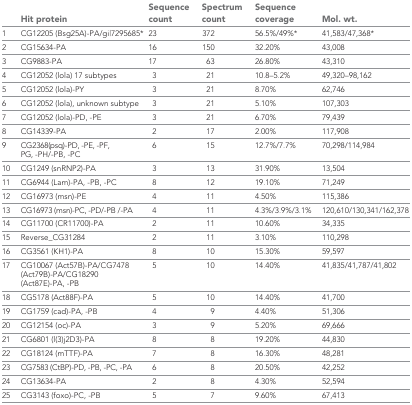
<table><thead><tr><td></td><td><b>Hit protein</b></td><td><b>Sequence count</b></td><td><b>Spectrum count</b></td><td><b>Sequence coverage</b></td><td><b>Mol. wt.</b></td></tr></thead><tbody><tr><td>1</td><td>CG12205 (Bsg25A)-PA/gi|7295685*</td><td>23</td><td>372</td><td>56.5%/49%*</td><td>41,583/47,368*</td></tr><tr><td>2</td><td>CG15634-PA</td><td>16</td><td>150</td><td>32.20%</td><td>43,008</td></tr><tr><td>3</td><td>CG9883-PA</td><td>17</td><td>63</td><td>26.80%</td><td>43,310</td></tr><tr><td>4</td><td>CG12052 (lola) 17 subtypes</td><td>3</td><td>21</td><td>10.8–5.2%</td><td>49,320–98,162</td></tr><tr><td>5</td><td>CG12052 (lola)-PY</td><td>3</td><td>21</td><td>8.70%</td><td>62,746</td></tr><tr><td>6</td><td>CG12052 (lola), unknown subtype</td><td>3</td><td>21</td><td>5.10%</td><td>107,303</td></tr><tr><td>7</td><td>CG12052 (lola)-PD, -PE</td><td>3</td><td>21</td><td>6.70%</td><td>79,439</td></tr><tr><td>8</td><td>CG14339-PA</td><td>2</td><td>17</td><td>2.00%</td><td>117,908</td></tr><tr><td>9</td><td>CG2368(psq)-PD, -PE, -PF, PG, -PH/-PB, -PC</td><td>6</td><td>15</td><td>12.7%/7.7%</td><td>70,298/114,984</td></tr><tr><td>10</td><td>CG1249 (snRNP2)-PA</td><td>3</td><td>13</td><td>31.90%</td><td>13,504</td></tr><tr><td>11</td><td>CG6944 (Lam)-PA, -PB, -PC</td><td>8</td><td>12</td><td>19.10%</td><td>71,249</td></tr><tr><td>12</td><td>CG16973 (msn)-PE</td><td>4</td><td>11</td><td>4.50%</td><td>115,386</td></tr><tr><td>13</td><td>CG16973 (msn)-PC, -PD/-PB /-PA</td><td>4</td><td>11</td><td>4.3%/3.9%/3.1%</td><td>120,610/130,341/162,378</td></tr><tr><td>14</td><td>CG11700 (CR11700)-PA</td><td>2</td><td>11</td><td>10.60%</td><td>34,335</td></tr><tr><td>15</td><td>Reverse_CG31284</td><td>2</td><td>11</td><td>3.10%</td><td>110,298</td></tr><tr><td>16</td><td>CG3561 (KH1)-PA</td><td>8</td><td>10</td><td>15.30%</td><td>59,597</td></tr><tr><td>17</td><td>CG10067 (Act57B)-PA/CG7478 (Act79B)-PA/CG18290 (Act87E)-PA, -PB</td><td>5</td><td>10</td><td>14.40%</td><td>41,835/41,787/41,802</td></tr><tr><td>18</td><td>CG5178 (Act88F)-PA</td><td>5</td><td>10</td><td>14.40%</td><td>41,700</td></tr><tr><td>19</td><td>CG1759 (cad)-PA, -PB</td><td>4</td><td>9</td><td>4.40%</td><td>51,306</td></tr><tr><td>20</td><td>CG12154 (oc)-PA</td><td>3</td><td>9</td><td>5.20%</td><td>69,666</td></tr><tr><td>21</td><td>CG6801 (l(3)j2D3)-PA</td><td>8</td><td>8</td><td>19.20%</td><td>44,830</td></tr><tr><td>22</td><td>CG18124 (mTTF)-PA</td><td>7</td><td>8</td><td>16.30%</td><td>48,281</td></tr><tr><td>23</td><td>CG7583 (CtBP)-PD, -PB, -PC, -PA</td><td>6</td><td>8</td><td>20.50%</td><td>42,252</td></tr><tr><td>24</td><td>CG13634-PA</td><td>2</td><td>8</td><td>4.30%</td><td>52,594</td></tr><tr><td>25</td><td>CG3143 (foxo)-PC, -PB</td><td>5</td><td>7</td><td>9.60%</td><td>67,413</td></tr></tbody></table>